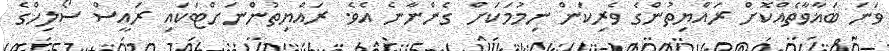
ވަނަ ބަޣާވާތެއްކޮށް ރައްޔިތުންގެ ވެރިކަން ނިމުމަކަށް ގެންނާނެ އެވެ. ރައްޔިތުންނަށްޓަކައި ރައީސް ސޯލިހްގެ